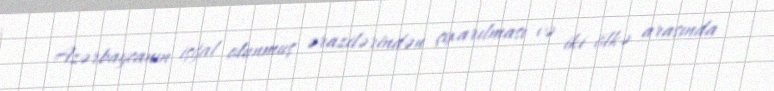
Azərbaycanın işğal olunmuş ərazilərindən çıxarılması və iki ölkə arasında